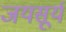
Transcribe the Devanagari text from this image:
जयसूर्य